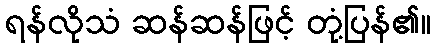
ရန်လိုသံ ဆန်ဆန်ဖြင့် တုံ့ပြန်၏။